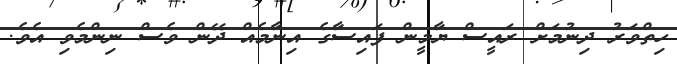
ހިތްވަރު ދިނުމަށް ރައީސް ޔާމީން ފައިސާގެ އިނާމެއް ދޭން ވެސް ނިންމެވި އެވެ.